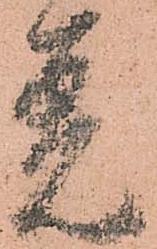
着